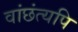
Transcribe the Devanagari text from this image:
वांछंत्यपि